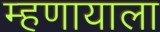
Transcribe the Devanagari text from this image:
म्हणायाला